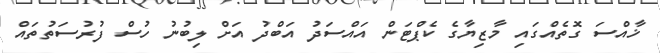
ޚާއްސަ ގޮތެއްގައި މާޒިޔާގެ ކެޕްޓަން އައްސަދު އަބްދު އަށް ލިބުނު ހުސް ފުރުސަތުތައް